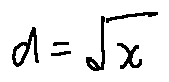
d = \sqrt { x }